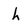
Character: h